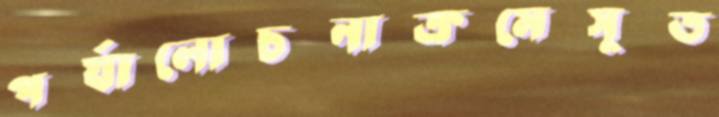
পর্যালোচনাক্রমেসূত